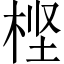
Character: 㭴